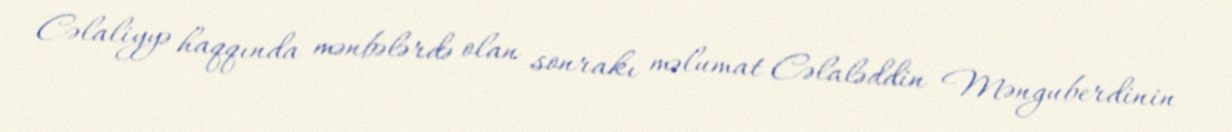
Cəlaliyyə haqqında mənbələrdə olan sonrakı məlumat Cəlaləddin Mənguberdinin